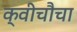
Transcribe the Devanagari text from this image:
क्वीचौचा